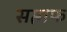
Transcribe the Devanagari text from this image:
सप्ताफ